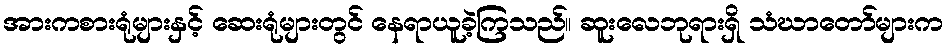
အားကစားရုံများနှင့် ဆေးရုံများတွင် နေရာယူခဲ့ကြသည်။ ဆူးလေဘုရားရှိ သံဃာတော်များက